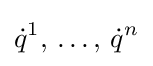
\displaystyle {\dot {q}}^{1},\,\ldots ,\,{\dot {q}}^{n}